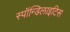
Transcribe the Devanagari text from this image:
स्पॉन्डिलाइटिस